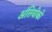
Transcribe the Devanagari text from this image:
अंतियोको